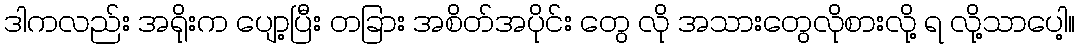
ဒါကလည်း အရိုးက ပျော့ပြီး တခြား အစိတ်အပိုင်း တွေ လို အသားတွေလိုစားလို့ ရ လို့သာပေါ့။